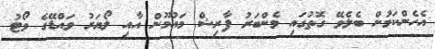
އެހެންކަމުން ބެލެވޭ ގޮތުގައި މެންބަރު ފާރިޝް މައުމޫން އާއި ލޯޔަރު ވައްޑޭގެ ވޯޓު